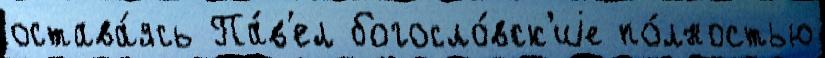
остава́ясь Па́в'ел богосло́вск'иjе по́лностью